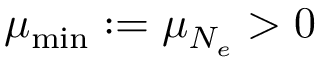
\mu _ { \mathrm { m i n } } : = \mu _ { N _ { e } } > 0